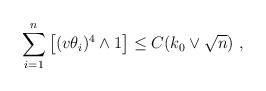
LaTeX: \begin{align*}\sum_{i=1}^n \big[(v\theta_i)^4\wedge 1\big]\leq C (k_0\lor \sqrt{n})\ ,\end{align*}